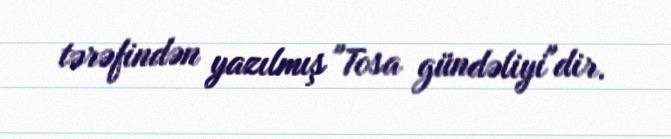
tərəfindən yazılmış "Tosa gündəliyi"dir.